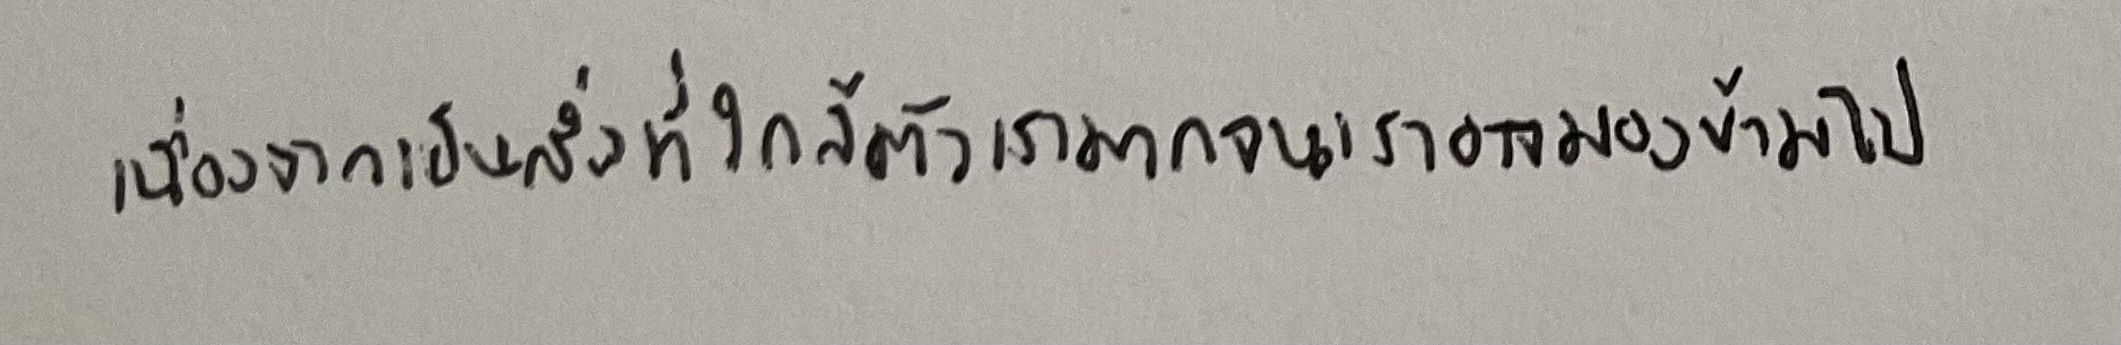
เนื่องจากเป็นสิ่งที่ใกล้ตัวเรามากจนเราอาจมองข้ามไป